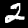
Digit: 2